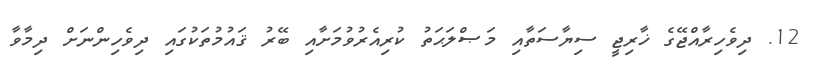
12. ދިވެހިރާއްޖޭގެ ޚާރިޖީ ސިޔާސަތާއި މަޞްލަޙަތު ކުރިއެރުވުމަށާއި ބޭރު ޤައުމުތަކުގައި ދިވެހިންނަށް ދިމާވާ